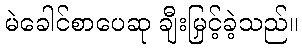
မဲခေါင်စာပေဆု ချီးမြှင့်ခဲ့သည်။